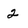
Character: 2